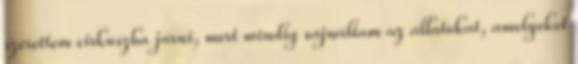
szerettem cirkuszba járni, mert mindig sajnáltam az állatokat, amelyeket